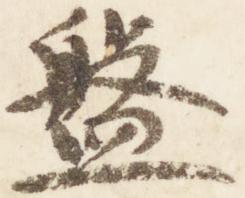
盤